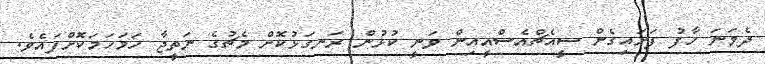
ދެވަނަ ހާފު ފަށައިގެން ސީއެޗްއެސްއީއިން ވަނީ ކުޅުން ރަނގަޅުކޮށް މެޗުގެ ނަތީޖާ ހަމަހަމަކޮށްފައެވެ.